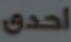
احدى